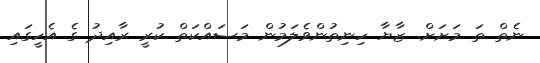
ނެތް ތަ މަށަށް. ޒާޔާ ހިނިތުންވެލަމުން މަސައްކަތް ކުރީ ރާއިދު ގެ އެހީގައި